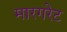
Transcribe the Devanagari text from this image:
मारगरेट